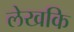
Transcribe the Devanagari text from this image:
लेखकि